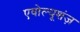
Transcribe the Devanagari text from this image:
एवोल्यूशंज़